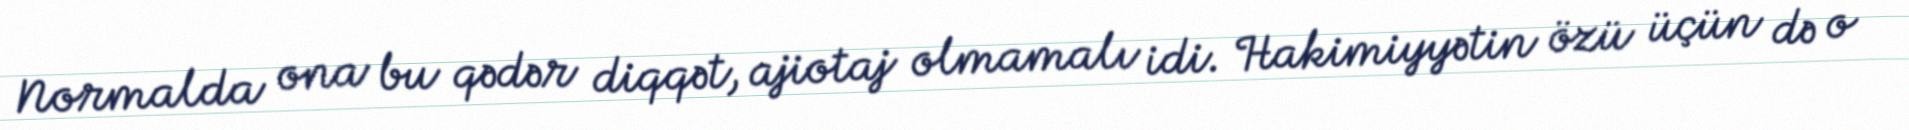
Normalda ona bu qədər diqqət, ajiotaj olmamalı idi. Hakimiyyətin özü üçün də o